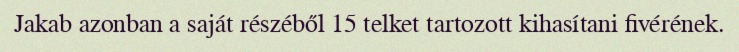
Jakab azonban a saját részéből 15 telket tartozott kihasítani fivérének.